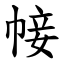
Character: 帹